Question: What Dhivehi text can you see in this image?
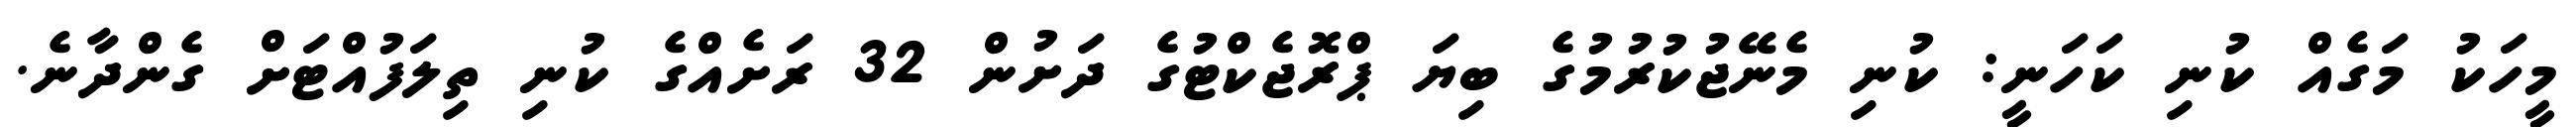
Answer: މީހަކު މަގެއް ކުނި ކަހަނީ: ކުނި މެނޭޖުކުރުމުގެ ބިޔަ ޕްރޮޖެކްޓުގެ ދަށުން 32 ރަށެއްގެ ކުނި ތިލަފުއްޓަށް ގެންދާނެ.